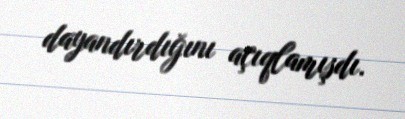
dayandırdığını açıqlamışdı.